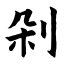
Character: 剁